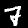
Label: 7